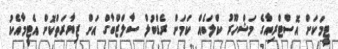
ޓީމަކަށް އޮސްޓްރިއާގެ މަޝްހޫރު ކްލަބެއް ކަމަށް ރެޑްބުލް ސާލްޒްބާގް އަށް ޒިޔާރަތްކޮށް އެޓީމާއެކު